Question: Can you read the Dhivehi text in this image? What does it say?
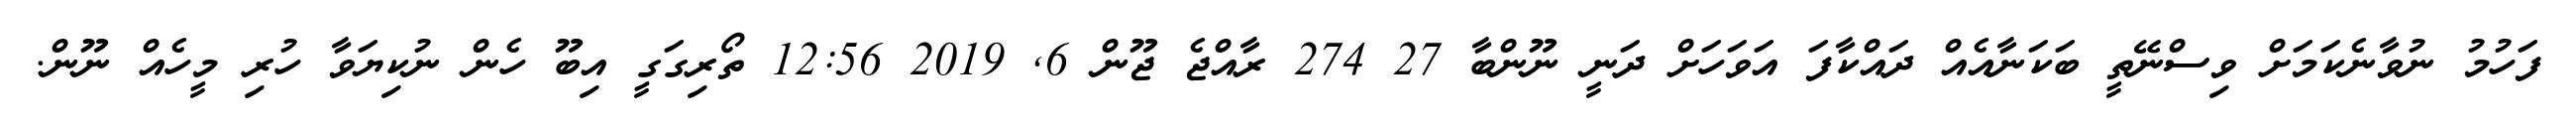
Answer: ފަހުމު ނުވާނެކަމަށް ވިސްނޭތީ ބަކަނާއެއް ދައްކާފަ އަވަހަށް ދަނީ ނޫންބާ 27 274 ރާއްޖެ ޖޫން 6, 2019 12:56 ތޯރިގަގީ އިބޫ ހެން ނުކިޔަވާ ހުރި މީހެއް ނޫން.